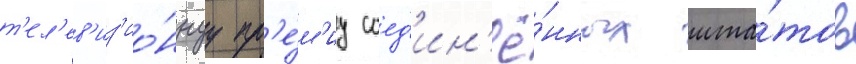
т'ел'ев'из'ио́ннуу пр'е́м'иу соед'ин'ё́нных шта́тов